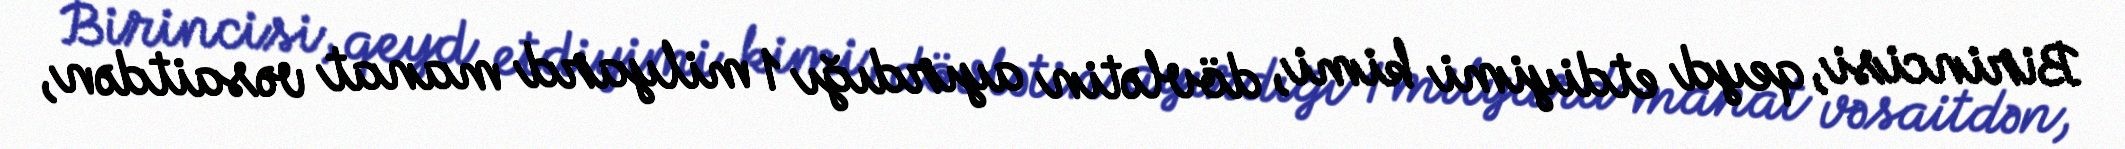
Birincisi, qeyd etdiyimi kimi, dövlətin ayırdığı 1 milyard manat vəsaitdən,